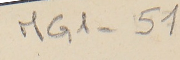
MG1-51